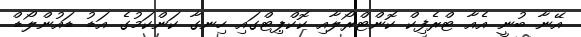
އޭނާ ބުނީ އެއާ ޓްރެފިކް ކޮންޓްރޯލާއި ކޮކްޕިޓްގައި ހިނގާ ކަންކަމުގެ އަޑު ޑައުންލޯޑް